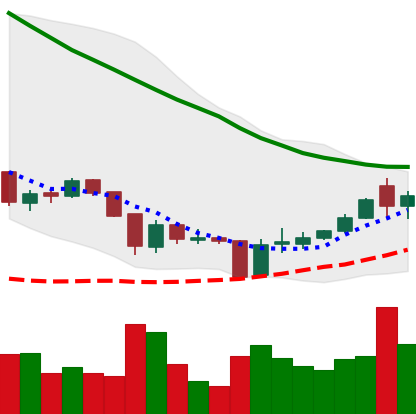
Ticker: XRP-USD
Chart end date: 2018-06-05
Forward return: -13.13%
Label: down_7plus